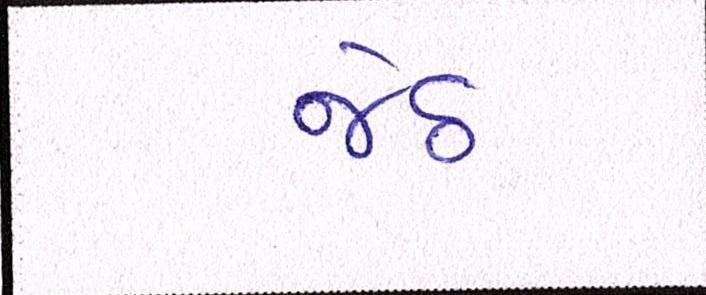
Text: જેઠ